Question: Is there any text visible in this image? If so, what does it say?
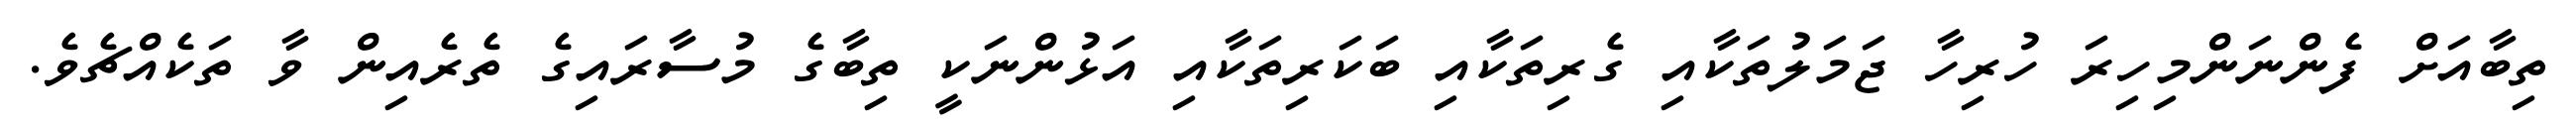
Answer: ތިބާއަށް ފެންނަންމިހިރަ ހުރިހާ ޖަމަލުތަކާއި ގެރިތަކާއި ބަކަރިތަކާއި އަޅުންނަކީ ތިބާގެ މުސާރައިގެ ތެރެއިން ވާ ތަކެއްޗެވެ.